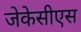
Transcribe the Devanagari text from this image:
जेकेसीएस